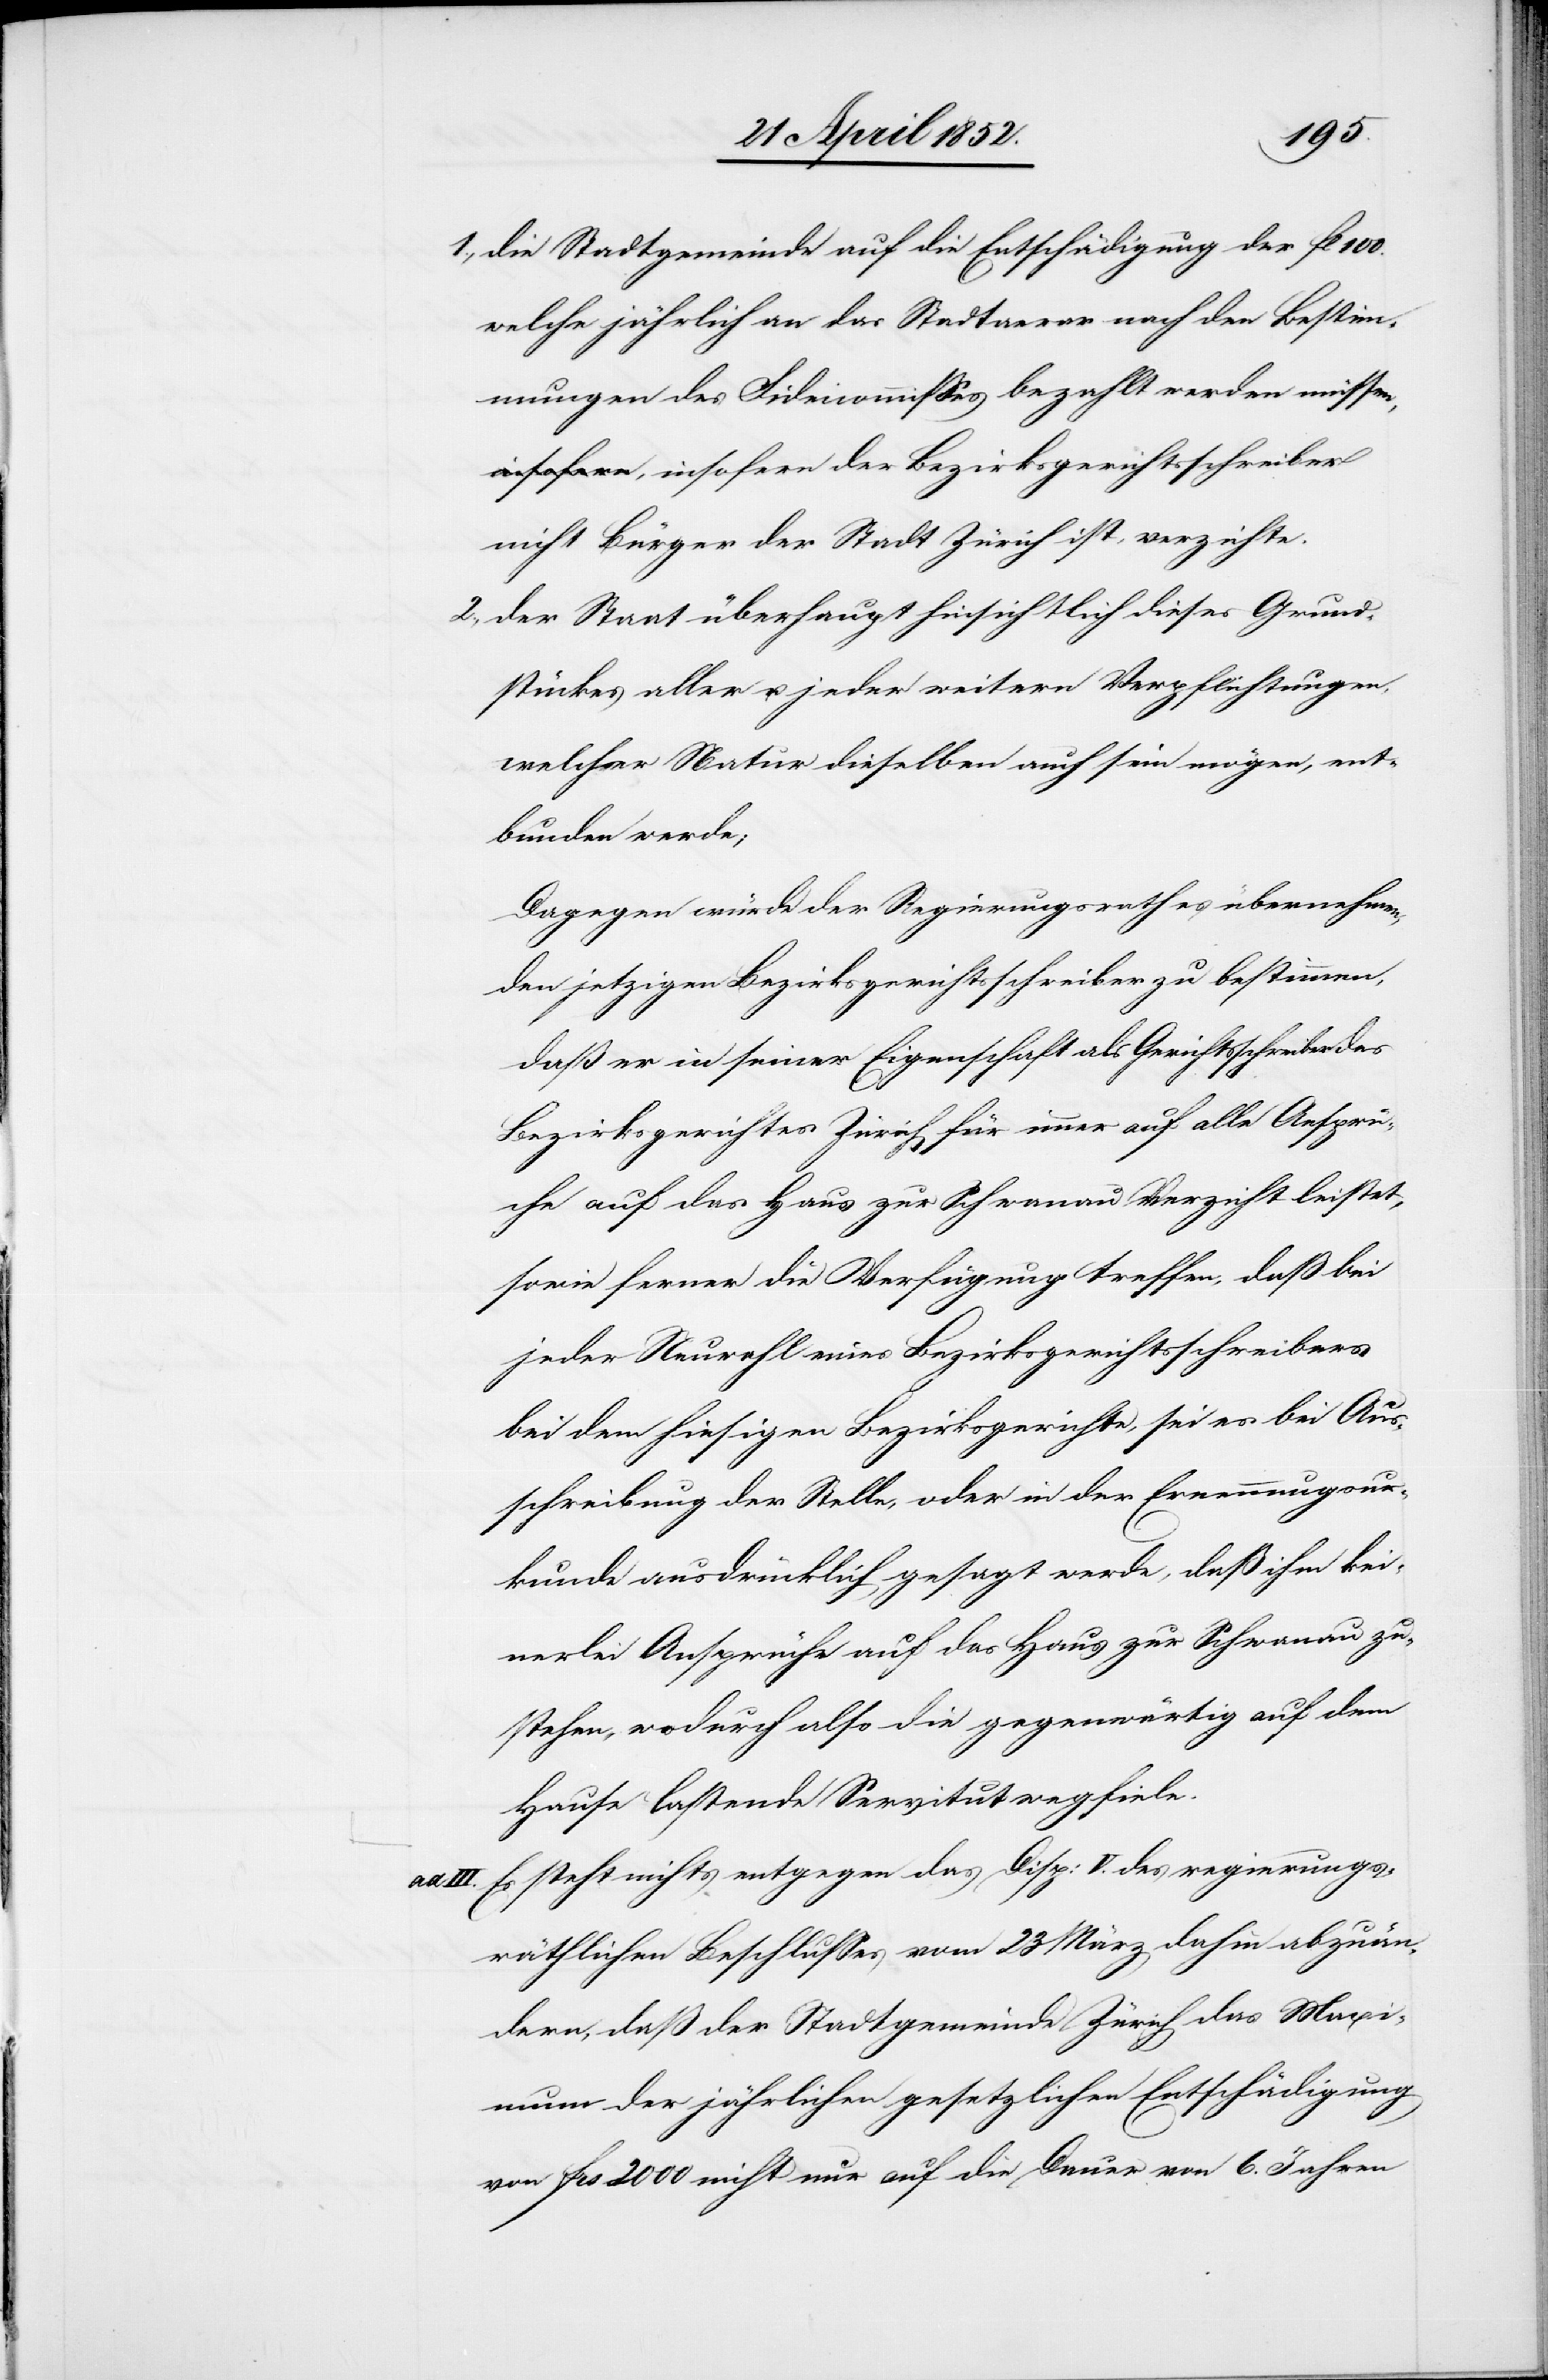
100.
die Stadtgemeinde auf die Entschädigung der fl
welche jährlich an das Stadtaerar nach den Bestim¬
mungen des Fideicommisses bezahlt werden müsse¬
n, insofern der Bezirksgerichtsschreiber
nicht Bürger der Stadt Zürich ist, verzichte.
der Staat überhaupt hinsichtlich dieses Grund¬
stückes aller u. jeder weitern Verpflichtungen,
welcher Natur dieselben auch sein mögen, ent¬
bunden werde;
Dagegen würde der Regierungsrath es übernehmen,
den jetzigen Bezirksgerichtsschreiber zu bestimmen,
daß er in seiner Eigenschaft als Gerichtsschreiber des
Bezirksgerichtes Zürich für immer auf alle Ansprü¬
che auf das Haus zur Schwanau Verzicht leistet,
sowie ferner die Verfügung treffen, daß bei
jeder Neuwahl eines Bezirksgerichtsschreibers
bei dem hiesigen Bezirksgerichte, sei es bei Aus¬
schreibung der Stelle, oder in der Ernennungsur¬
kunde ausdrücklich gesagt werde, daß ihm kei¬
nerlei Ansprüche auf das Haus zur Schwanau zu¬
stehen, wodurch also die gegenwärtig auf dem
Hause lastende Servitut wegfiele.
Es steht nichts entgegen das Disp: V. des regierungs¬
räthlichen Beschlusses vom 23 März dahin abzuän¬
dern, daß der Stadtgemeinde Zürich das Maxi¬
mum der jährlichen gesetzlichen Entschädigung
von frs 2000 nicht nur auf die Dauer von 6. Jahren